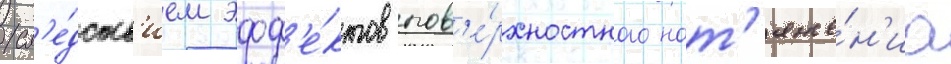
сл'е́дств'ием эфф'е́ктов пов'е́рхностного нат'яже́н'иа